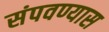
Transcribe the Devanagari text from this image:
संपवण्यास